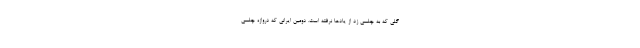
گلی که به چلسی زد از یادها نرفته است. دومین ایرانی که دروازه چلسی